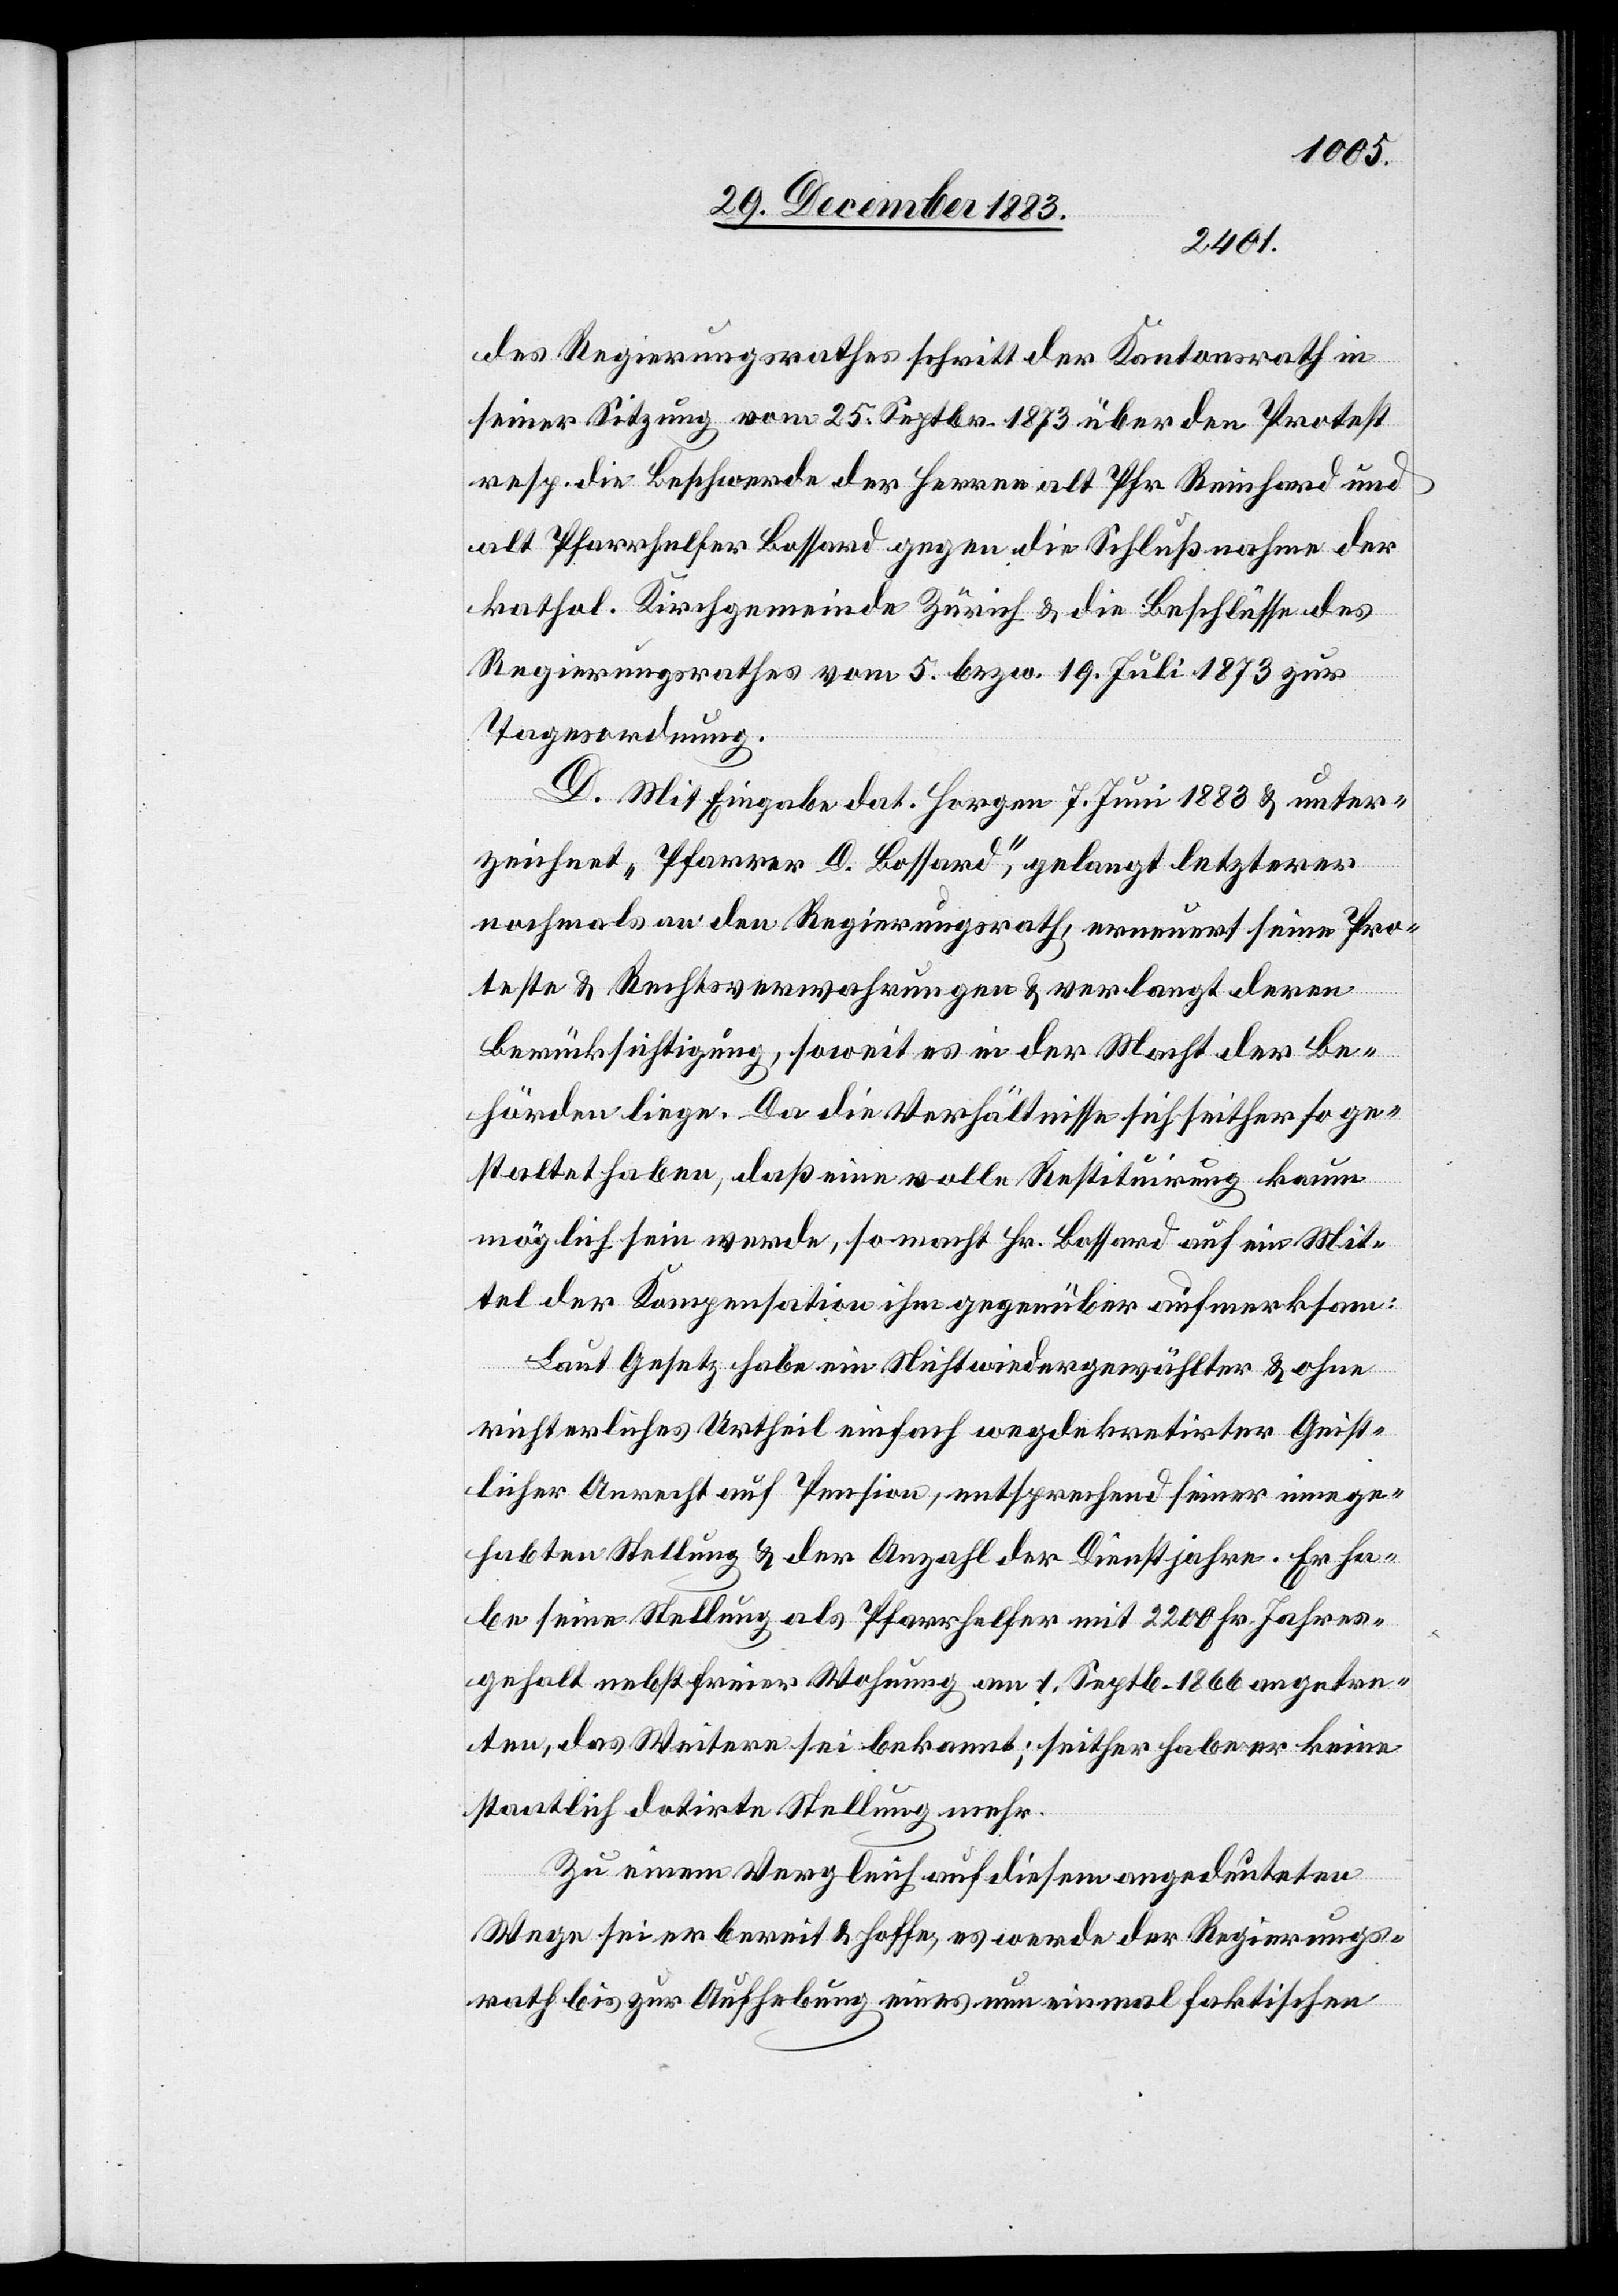
des Regierungsrathes schritt der Kantonsrath in
seiner Sitzung vom 25. Septbr. 1873 über den Protest
resp. die Beschwerde der Herren als Pfr. Reinhard und
alt Pfarrhelfer Bossard gegen die Schlußnahme der
kathol. Kirchgemeinde Zürich & die Beschlüsse des
Regierungsrathes vom 5. bezw. 19. Juli 1873 zur
Tagesordnung.
D. Mit Eingabe dat. Horgen 7. Juni 1883 & unter¬
zeichnet „Pfarrer D. Bossard“, gelangt letzterer
nochmals an den Regierungsrath, erneuert seine Pro¬
teste & Rechtsverwahrungen & verlangt deren
Berücksichtigung, soweit es in der Macht der Be¬
hörden liege. Da die Verhältnisse sich seither so ge¬
staltet haben, daß eine volle Restituirung kaum
möglich sein werde, so macht Hr. Bossard auf ein Mit¬
tel der Kompensation ihm gegenüber aufmerksam:
Laut Gesetz habe ein Nichtwiedergewählter & ohne
richterliches Urtheil einfach wegdekretirter Geist¬
lichen Anrecht auf Pension, entsprechend seiner innege¬
habten Stellung & der Anzahl der Dienstjahre. Er ha¬
be seine Stellung als Pfarrhelfer mit 2200 Fr. Jahres¬
gehalt nebst freier Wohnung am 1. Septb[r]. 1866l angetre¬
ten, das Weitere sei bekannt; seither habe er keine
staatlich dotirte Stellung mehr.
Zu einem Vergleich auf diesem angedeuteten
Wege sei er bereit & hoffe, es werde der Regierungs¬
rath bis zur Aufhebung eines nun einmal faktischen